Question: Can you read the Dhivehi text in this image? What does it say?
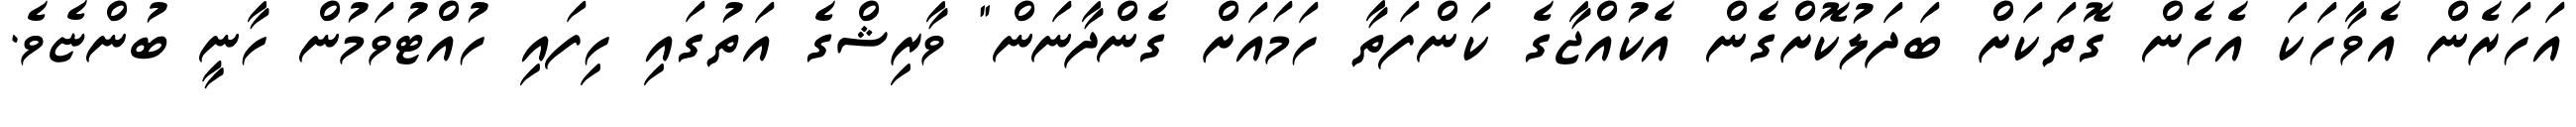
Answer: އަހަރެން އެވާހަކަ އެހެން ގޮތަކަށް ބަދަލުކޮށްގެން އެކުއްޖާގެ ކަންފަތާ ހަމައަށް ގެންދާނަން" ވާރިޝްގެ އަތުގައި ހިފައި ހުއްޓުވަމުން ހާނީ ބުންޏެވެ.